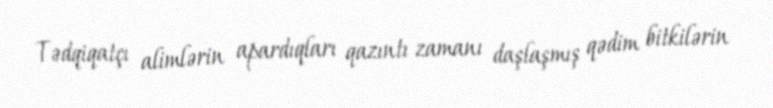
Tədqiqatçı alimlərin apardıqları qazıntı zamanı daşlaşmış qədim bitkilərin